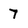
Character: 7